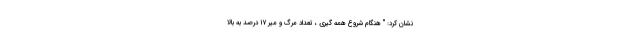
نشان کرد: " هنگام شروع همه گیری ، تعداد مرگ و میر ۱۷ درصد به بالا